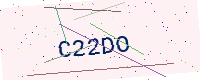
Text: C22DO